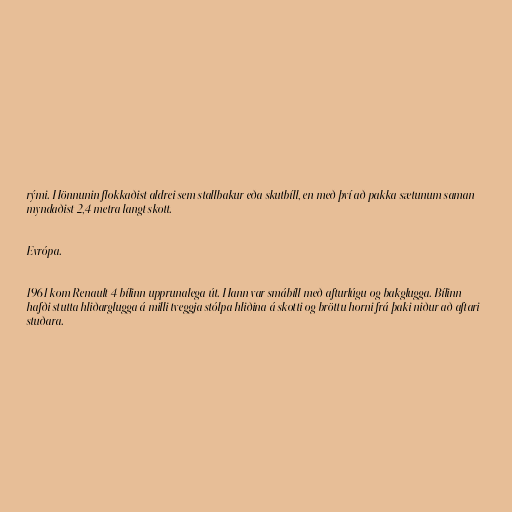
rými. Hönnunin flokkaðist aldrei sem stallbakur eða skutbíll, en með því að pakka sætunum saman
myndaðist 2,4 metra langt skott.

Evrópa.

1961 kom Renault 4 bílinn upprunalega út. Hann var smábíll með afturlúgu og bakglugga. Bílinn
hafði stutta hliðarglugga á milli tveggja stólpa hliðina á skotti og bröttu horni frá þaki niður að aftari
stuðara.